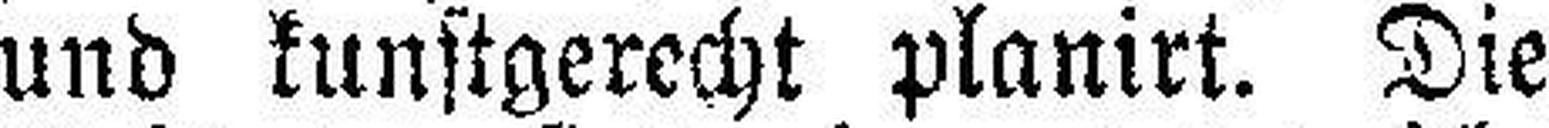
und kunstgerecht planirt. Die